Distribution and causation of leprosy in British India
Year: 1875
Disease focus: Leprosy
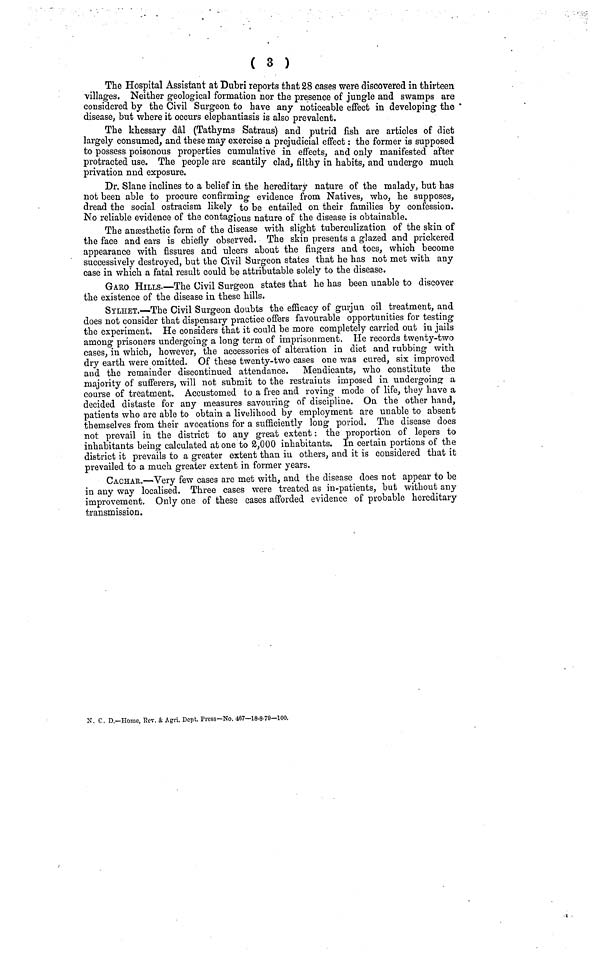
( 3 )
The Hospital Assistant at Dubri reports tbat 28 cases were discovered in thirteen
villages. Neither geological formation nor the presence of jungle and swamps are
considered by the Civil Surgeon to have any noticeable effect in developing the
disease, but where it occurs elephantiasis is also prevalent.
The khessary dâl (Tathyms Satraus) and putrid fish are articles of diet
largely consumed, and these may exercise a prejudicial effect : the former is supposed
to possess poisonous properties cumulative in effects, and only manifested after
protracted use. The people are scantily clad, filthy in habits, and undergo much
privation nnd exposure.
Dr. Slane inclines to a belief in the hereditary nature of the malady, but has
not been able to procure confirming evidence from Natives, who, he "supposes,
dread the social ostracism likely to be entailed on their families by confession.
No reliable evidence of the contagious nature of the disease is obtainable.
The anæsthetic form of the disease with slight tuberculization of the skin of
the face and ears is chiefly observed. The skin presents a glazed and prickered
appearance with fissures and ulcers about the fingers and toes, which become
successively destroyed, but the Civil Surgeon states that he has not met with any
case in which a fatal result could be attributable solely to the disease.
GARO HILLS.—The Civil Surgeon states that he has been unable to discover
the existence of the disease in these hills.
SYLHET.—The Civil Surgeon doubts the efficacy of gurjun oil treatment, and
does not consider that dispensary practice offers favourable opportunities for testing
the experiment. He considers that it could be more completely carried out in jails
among prisoners undergoing a long term of imprisonment. He records twenty-two
cases, in which, however, the accessories of alteration in diet and rubbing with
dry earth were omitted. Of these twenty-two cases one was cured, six improved
and the remainder discontinued attendance. Mendicants, who constitute the
majority of sufferers, will not submit to the restraints imposed in undergoing a
course of treatment. Accustomed to a free and roving mode of life, they have a
decided distaste for any measures savouring of discipline. On the other hand,
patients who are able to obtain a livelihood by employment are unable to absent
themselves from their avocations for a sufficiently long period. The disease does
not prevail in the district to any great extent: the proportion of lepers to
inhabitants being calculated at one to 2,000 inhabitants. In certain portions of the
district it prevails to a greater extent than in others, and it is considered that it
prevailed to a much greater extent in former years.
CACHAR.—Very few cases are met with, and the disease does not appear to be
in any way localised. Three cases were treated as in-patients, but without any
improvement. Only one of these cases afforded evidence of probable hereditary
transmission.
N. C. D.—Home, Rev. & Agri. Dcpt. Press—No. 467—18-8-79—100.